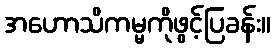
အဟောသိကမ္မကိုဖွင့်ပြခန်း။